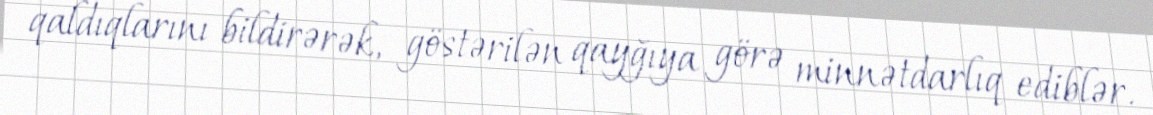
qaldıqlarını bildirərək, göstərilən qayğıya görə minnətdarlıq ediblər.